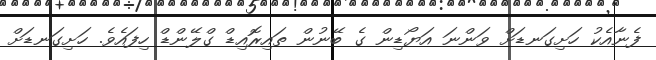
ފެނާއެކު ހަށިގަނޑަށް ވަންނަ އަޔޯޑިން ގެ ބޭނުން ތައިރޮއިޑް ގްލޭންޑް ހިފައެވެ. ހަށިގަނޑަށް